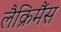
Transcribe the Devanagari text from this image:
लैक्रिमैंस